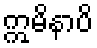
ဣမိနာပိ